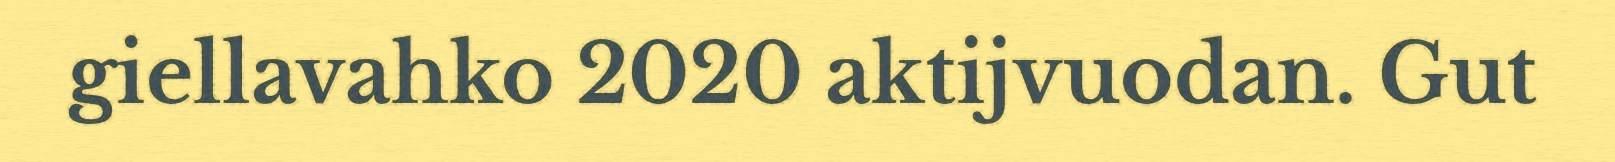
giellavahko 2020 aktijvuodan. Gut